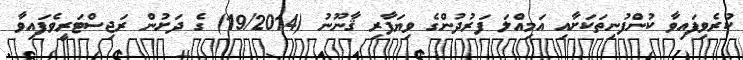
ކުރެވިފައިވާ ކުންފުނިތަކަށާއި އަމިއްލަ ފަރުދުންގެ ވިޔަފާރި ޤާނޫނު (19/2014) ގެ ދަށުން ރަޖިސްޓަރީވެފައިވާ